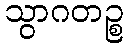
သွာဂတဉ္စ